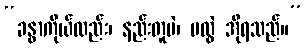
“ခန္ဓာကိုယ်လည်း၊ နည်းတူပဲ၊ မလွဲ အိုရသည်။”